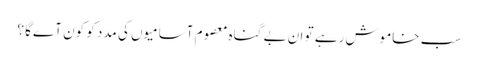
سب خاموش رہے تو ان بے گناہ معصوم آسامیوں کی مدد کو کون آےگا ؟